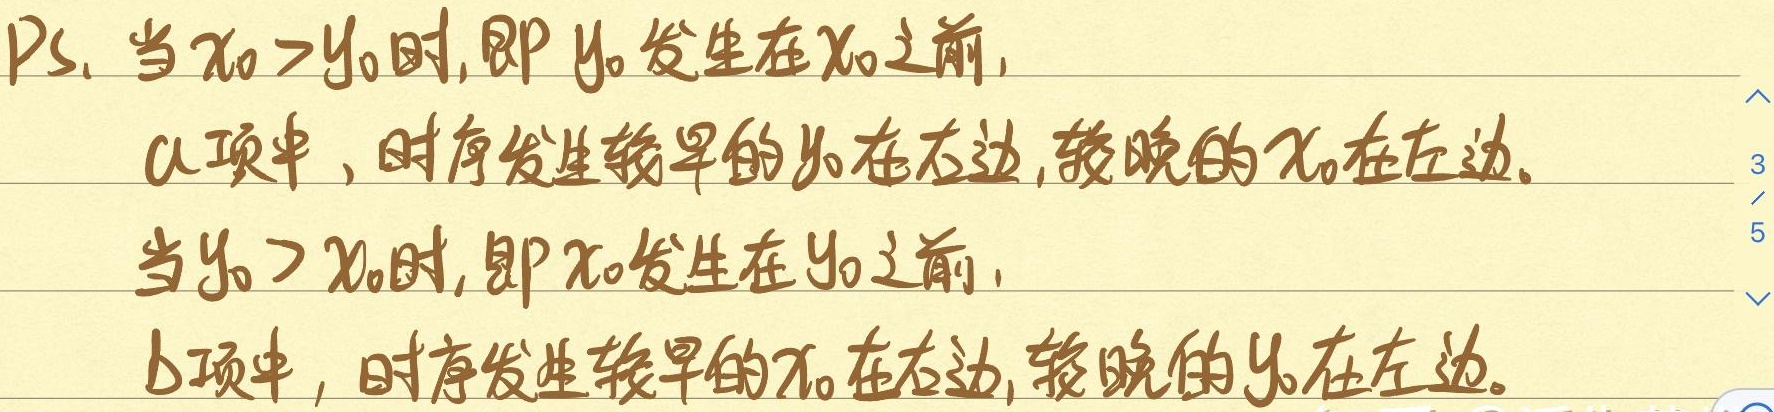
PS. 当 \(x_{0}>y_{0}\) 时,即 \(y_{0}\) 发生在 \(x_{0}\) 之前,
a项中，时序发生较早的 \(y_{0}\) 在右边,较晚的 \(x_{0}\) 在左边。
当 \(y_{0}>x_{0}\) 时,即 \(x_{0}\) 发生在 \(y_{0}\) 之前,
b项中，时序发生较早的 \(x_{0}\) 在右边,较晚的 \(y_{0}\) 在左边。